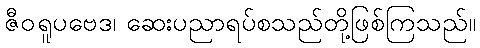
ဇီဝရူပဗေဒ၊ ဆေးပညာရပ်စသည်တို့ဖြစ်ကြသည်။